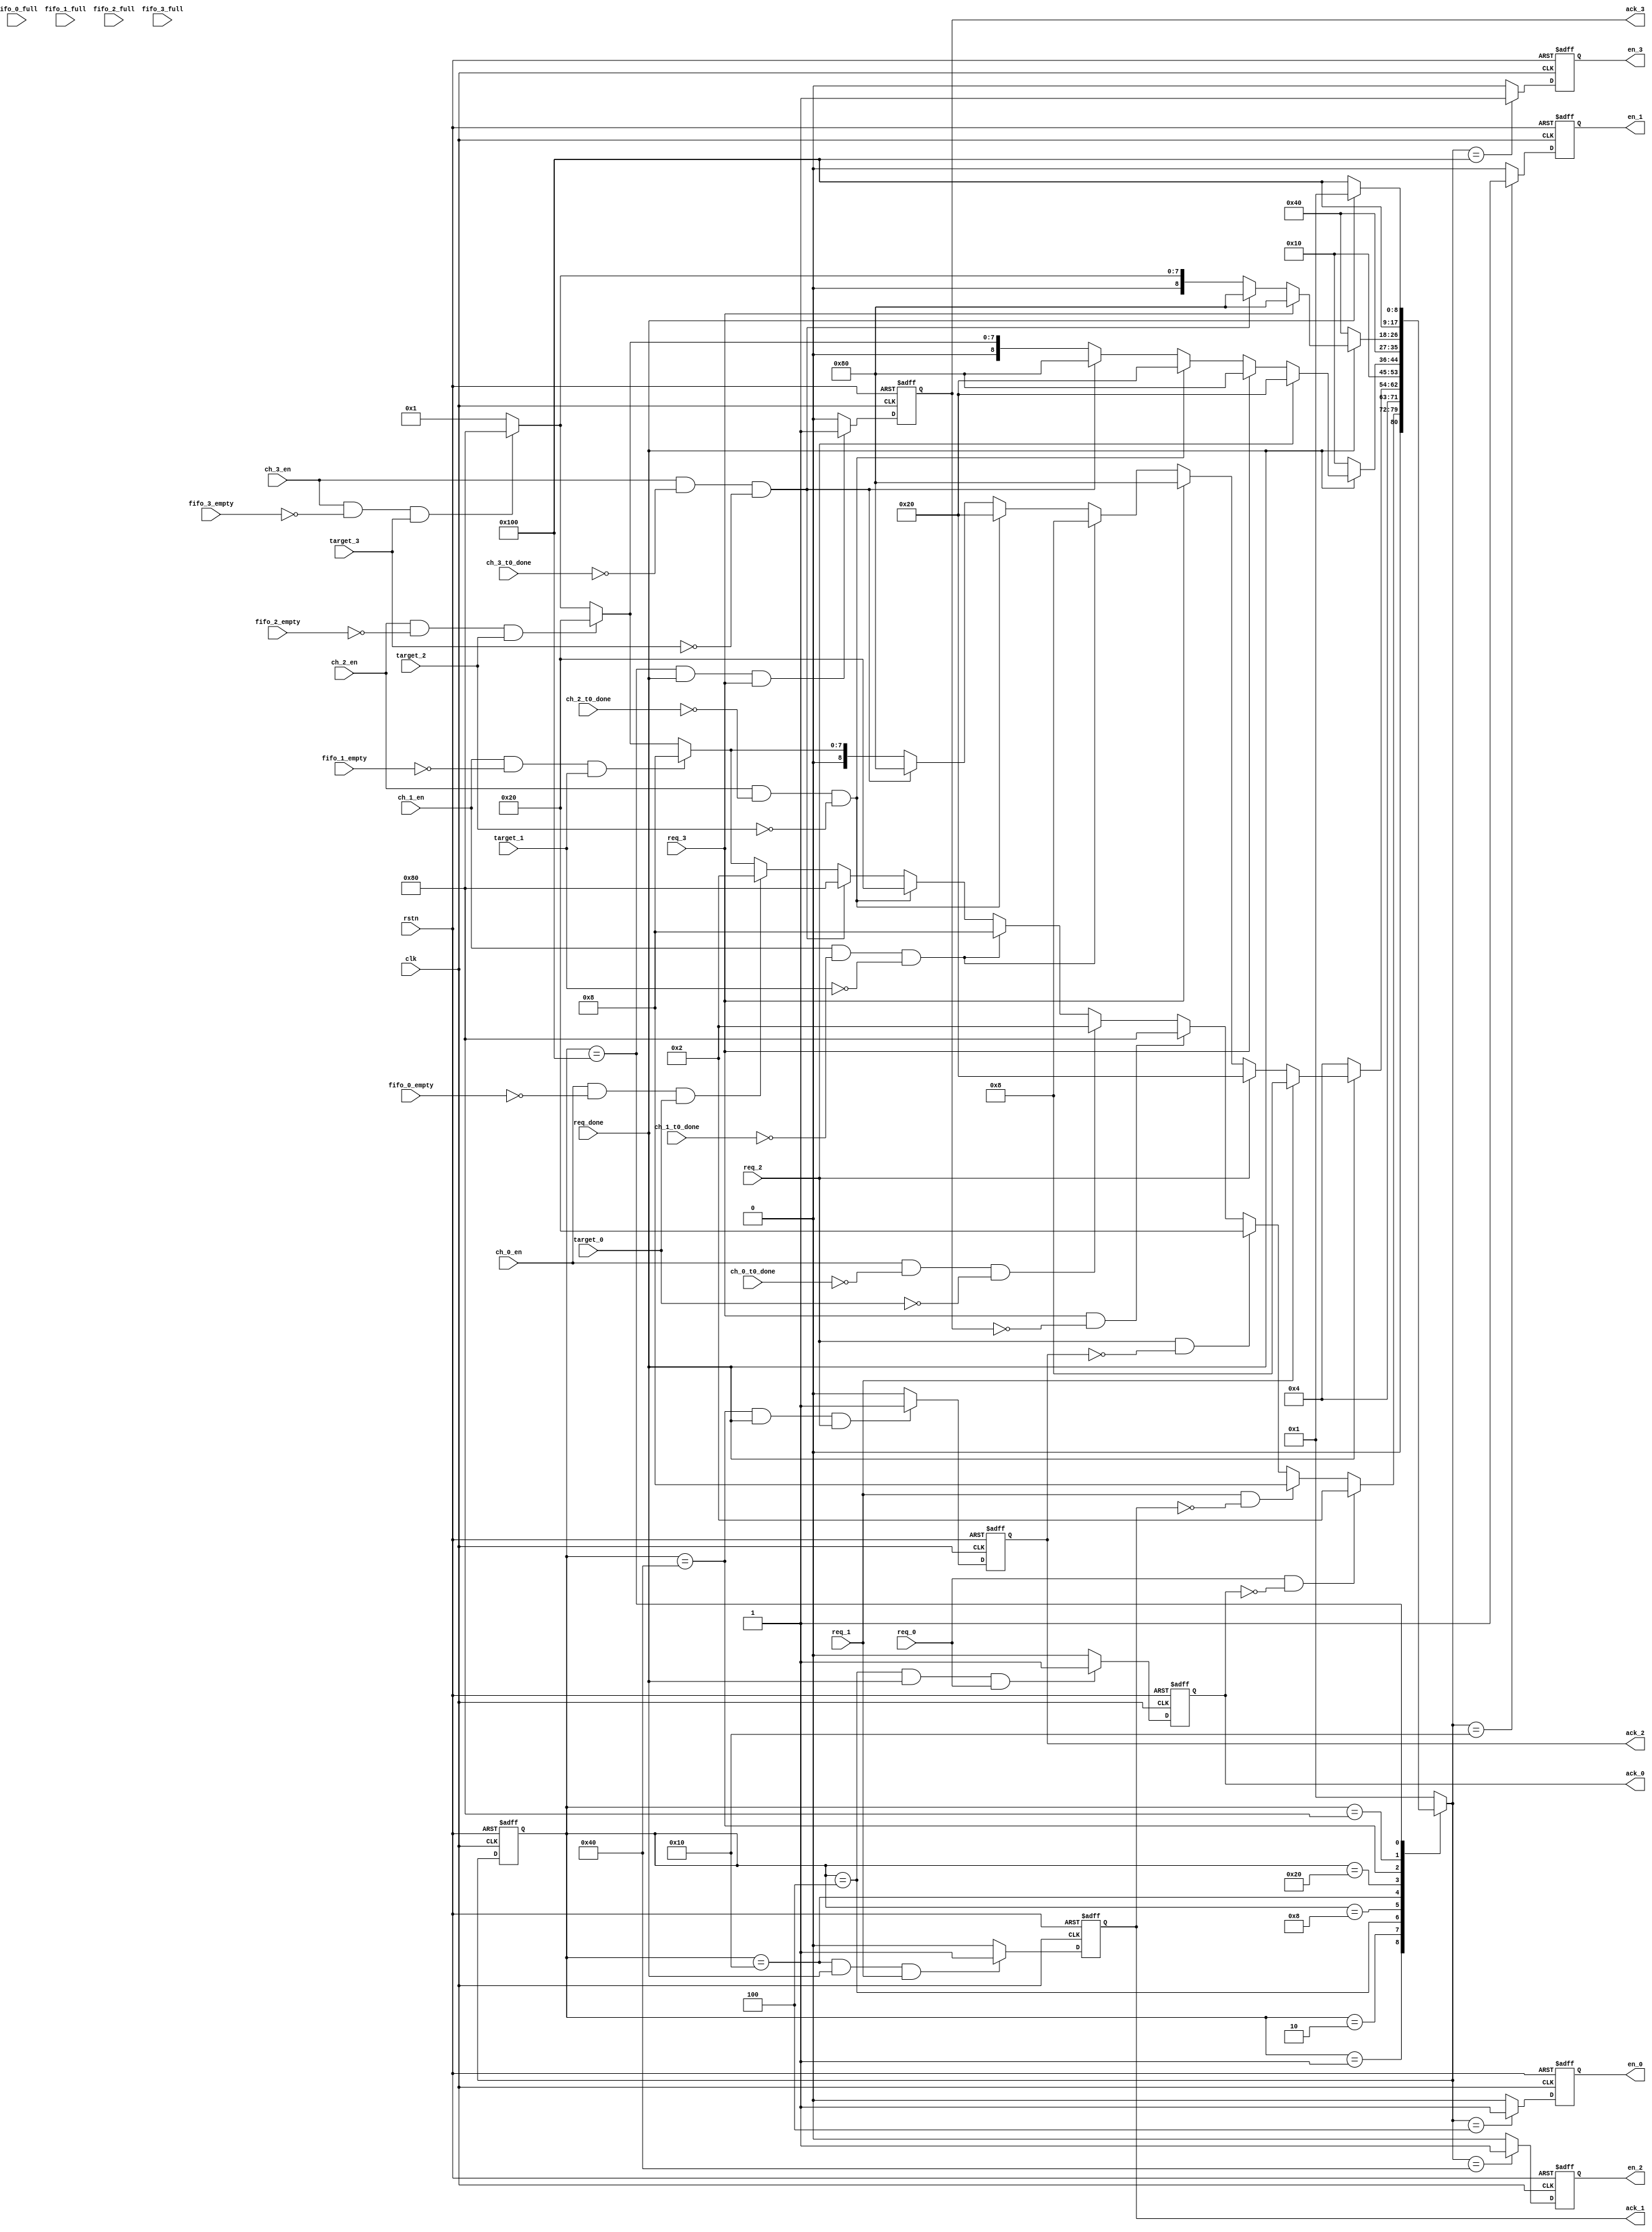
module arbiter(
    input clk,
    input rstn,
    input req_0,
    input req_1,
    input req_2,
    input req_3,
    input ch_0_en,
    input ch_1_en,
    input ch_2_en,
    input ch_3_en,
    input target_0,         //
    input target_1,
    input target_2,
    input target_3,

    output reg en_0,
    output reg en_1,
    output reg en_2,
    output reg en_3,
    output reg ack_0,
    output reg ack_1,
    output reg ack_2,
    output reg ack_3,

    input      req_done,
    input      ch_0_t0_done,
    input      ch_1_t0_done,
    input      ch_2_t0_done,
    input      ch_3_t0_done,

    input      fifo_0_empty,
    input      fifo_1_empty,
    input      fifo_2_empty,
    input      fifo_3_empty,

    input      fifo_0_full,
    input      fifo_1_full,
    input      fifo_2_full,
    input      fifo_3_full
 );

parameter IDLE =9'b000000001;       //-9
parameter ST_0 =9'b000000010;       //start  start transfer
parameter W_0  =9'b000000100;       //work
parameter ST_1 =9'b000001000;
parameter W_1  =9'b000010000;
parameter ST_2 =9'b000100000;
parameter W_2  =9'b001000000;
parameter ST_3 =9'b010000000;
parameter W_3  =9'b100000000;

reg [8:0]cs;
reg [8:0]ns;

always @(posedge clk or negedge rstn)
    if (!rstn)
        cs<=IDLE;
    else 
        cs<=ns;

always @(*)
    case (cs)
        IDLE:begin
            if (req_0 && (~ack_0))
                ns=ST_0;
            else if (req_1 && (~ack_1))
                ns=ST_1;
            else if (req_2 && (~ack_2))
                ns=ST_2;
            else if (req_3 && (~ack_3))
                ns=ST_3;

            else if (ch_0_en && (~ch_0_t0_done) && (~target_0))     //reqt0target=0memory
                ns=ST_0;
            else if (ch_1_en && (~ch_1_t0_done) && (~target_1))
                ns=ST_1;
            else if (ch_2_en && (~ch_2_t0_done) && (~target_2))
                ns=ST_2;
            else if (ch_3_en && (~ch_3_t0_done) && (~target_3))
                ns=ST_3;

            else if (ch_0_en && (~fifo_0_empty) && (target_0))       //t1 fifo
                ns=ST_0;
            else if (ch_1_en && (~fifo_1_empty) && (target_1))
                ns=ST_1;
            else if (ch_2_en && (~fifo_2_empty) && (target_2))
                ns=ST_2;
            else if (ch_3_en && (~fifo_3_empty) && (target_3))
                ns=ST_3;
            else 
                ns=IDLE;
            end

        ST_0:ns=W_0;        //0W_0

        W_0 :begin
            if (~req_done)//once ch is started, we have to wait finish ,then we can start other chs
                ns=W_0;
            else if (req_1)
                ns=ST_1;
            else if (req_2)
                ns=ST_2;
            else if (req_3)
                ns=ST_3;
            else if (ch_1_en && (~ch_1_t0_done) && (~target_1))
                ns=ST_1;
            else if (ch_2_en && (~ch_2_t0_done) && (~target_2))
                ns=ST_2;
            else if (ch_3_en && (~ch_3_t0_done) && (~target_3))
                ns=ST_3;
            else if (ch_1_en && (~fifo_1_empty) && (target_1))
                ns=ST_1;
            else if (ch_2_en && (~fifo_2_empty) && (target_2))
                ns=ST_2;
            else if (ch_3_en && (~fifo_3_empty) && (target_3))
                ns=ST_3;
            else if (req_done)
                ns=IDLE;
            else 
                ns=W_0;
            end
        ST_1:
            ns=W_1;

        W_1 :begin
            if (~req_done)
                ns=W_1;
            else if (req_2)
                ns=ST_2;
            else if (req_3)
                ns=ST_3;
            else if (ch_2_en && (~ch_2_t0_done) && (~target_2))
                ns=ST_2;
            else if (ch_3_en && (~ch_3_t0_done) && (~target_3))
                ns=ST_3;
            else if (ch_2_en && (~fifo_2_empty) && (target_2))
                ns=ST_2;
            else if (ch_3_en && (~fifo_3_empty) && (target_3))
                ns=ST_3;
            else if (req_done)
                ns=IDLE;
            else 
                ns=W_1;
            end

        ST_2: 
            ns=W_2;

        W_2 :begin
            if (~req_done)
                ns=W_2;
            else if (req_3)
                ns=ST_3;
            else if (ch_3_en && (~ch_3_t0_done) && (~target_3))
                ns=ST_3;
            else if (ch_3_en && (~fifo_3_empty) && (target_3))
                ns=ST_3;
            else if (req_done)
                ns=IDLE;
            else 
                ns=W_2;
            end

        ST_3:
            ns=W_3;

        W_3 :begin
            if (~req_done)
                ns=W_3;
            else
                ns=IDLE;
            end

        default: 
            ns=IDLE;
    endcase

always @(posedge clk or negedge rstn)
    if (!rstn)
        en_0<=0;
    else if (ns==W_0)       // ns == W_x
        en_0<=1;
    else 
        en_0<=0;
always @(posedge clk or negedge rstn)
    if (!rstn)
        en_1<=0;
    else if (ns==W_1)
        en_1<=1;
    else 
        en_1<=0;
always @(posedge clk or negedge rstn)
    if (!rstn)
        en_2<=0;
    else if (ns==W_2)
        en_2<=1;
    else 
        en_2<=0;
always @(posedge clk or negedge rstn)
    if (!rstn)
        en_3<=0;
    else if (ns==W_3)
        en_3<=1;
    else 
        en_3<=0;

always @(posedge clk or negedge rstn)
    if (!rstn)
        ack_0<=0;
    else if (cs==W_0  && req_done && req_0)      //ack
        ack_0<=1;
    else 
        ack_0<=0;
always @(posedge clk or negedge rstn)
    if (!rstn)
        ack_1<=0;
    else if (cs==W_1  && req_done && req_1)
        ack_1<=1;
    else 
        ack_1<=0;
always @(posedge clk or negedge rstn)
    if (!rstn)
        ack_2<=0;
    else if (cs==W_2  && req_done && req_2)
        ack_2<=1;
    else 
        ack_2<=0; 
always @(posedge clk or negedge rstn)
    if (!rstn)
        ack_3<=0;
    else if (cs==W_3  && req_done && req_3)
        ack_3<=1;
    else 
        ack_3<=0;

endmodule